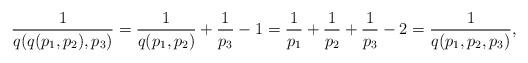
LaTeX: \begin{align*} \frac{1}{q ( q (p_1 , p_2) , p_3)} = \frac{1}{q (p_1 , p_2)} + \frac{1}{p_3} - 1 = \frac{1}{p_1} + \frac{1}{p_2} + \frac{1}{p_3} - 2 = \frac{1}{q (p_1,p_2,p_3)},\end{align*}